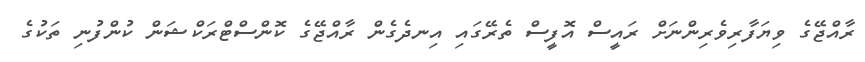
ރާއްޖޭގެ ވިޔަފާރިވެރިންނަށް ރައީސް އޮފީސް ތެރޭގައި އިނދެގެން ރާއްޖޭގެ ކޮންސްޓްރަކްޝަން ކުންފުނި ތަކުގެ